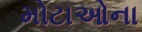
મોટાઓના